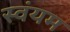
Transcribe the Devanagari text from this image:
स्‍वंयम